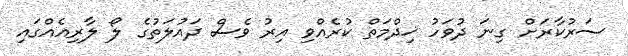
ސަރުކާރަށް ގިނަ ދުވަހު ޚިދްމަތް ކުރެއްވި އިރު ވެސް ދައުލަތުގެ ލޯ ލާރިއެއްގައި